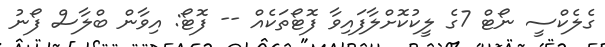
ގެލެކްސީ ނޯޓް 7ގެ ލީކުކޮށްލާފައިވާ ފޮޓޯތަކެއް -- ފޮޓޯ: އިވާން ބްލާސް ފޯނު